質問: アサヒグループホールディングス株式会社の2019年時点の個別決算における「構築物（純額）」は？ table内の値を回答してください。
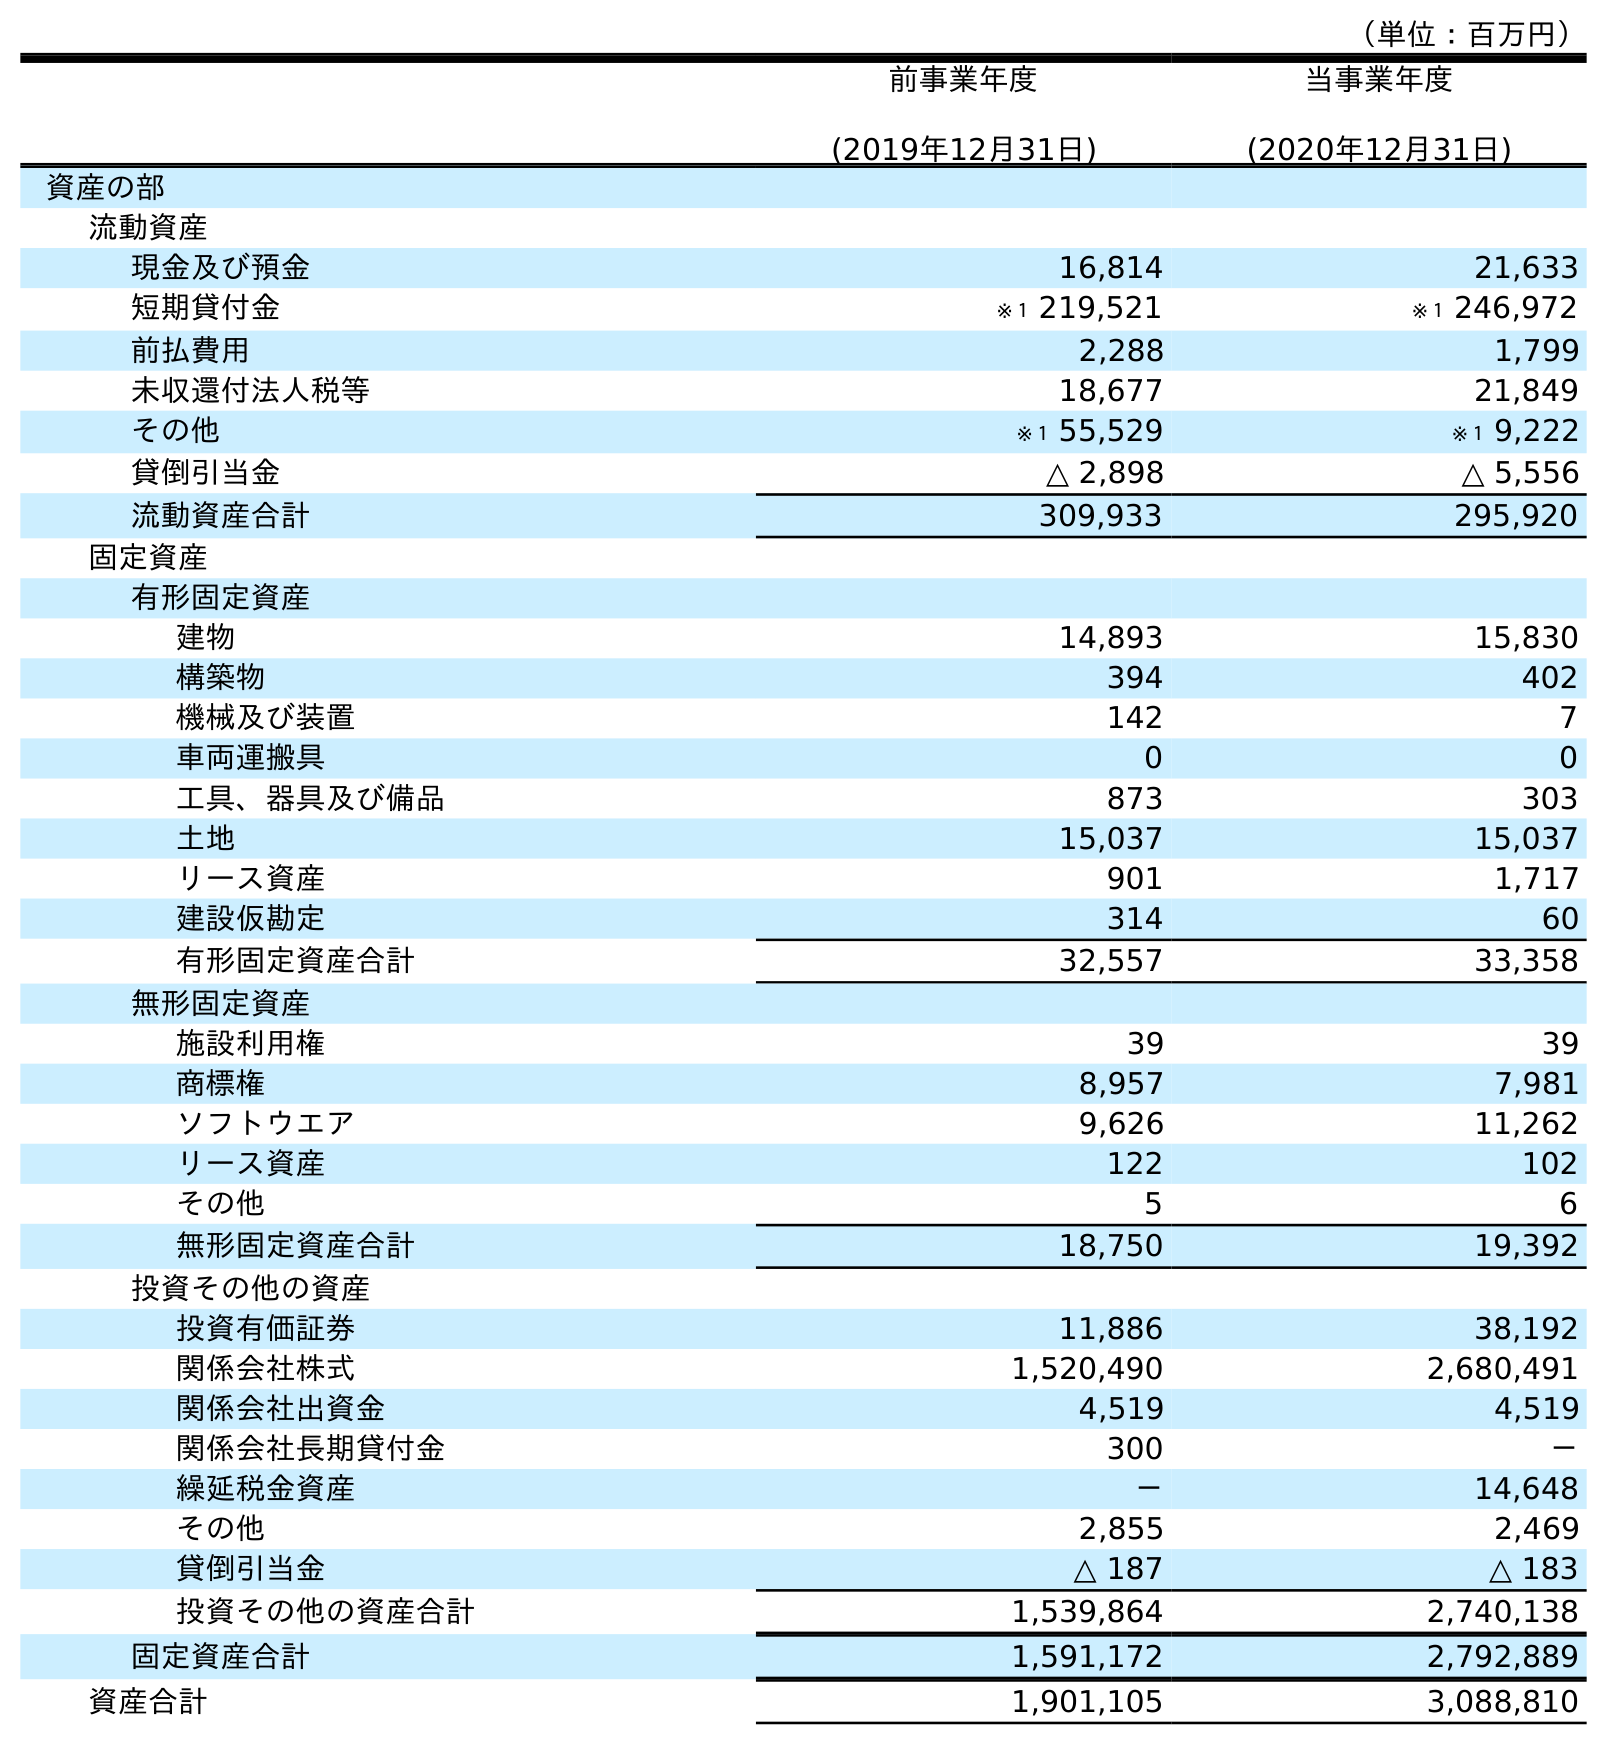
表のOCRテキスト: （単位：百万円） 前事業年度 (2019年12月31日) 当事業年度 (2020年12月31日) 資産の部 流動資産 現金及び預金 16,814 21,633 短期貸付金 ※１ 219,521 ※１ 246,972 前払費用 2,288 1,799 未収還付法人税等 18,677 21,849 その他 ※１ 55,529 ※１ 9,222 貸倒引当金 △ 2,898 △ 5,556 流動資産合計 309,933 295,920 固定資産 有形固定資産 建物 14,893 15,830 構築物 394 402 機械及び装置 142 7 車両運搬具 0 0 工具、器具及び備品 873 303 土地 15,037 15,037 リース資産 901 1,717 建設仮勘定 314 60 有形固定資産合計 32,557 33,358 無形固定資産 施設利用権 39 39 商標権 8,957 7,981 ソフトウエア 9,626 11,262 リース資産 122 102 その他 5 6 無形固定資産合計 18,750 19,392 投資その他の資産 投資有価証券 11,886 38,192 関係会社株式 1,520,490 2,680,491 関係会社出資金 4,519 4,519 関係会社長期貸付金 300 － 繰延税金資産 － 14,648 その他 2,855 2,469 貸倒引当金 △ 187 △ 183 投資その他の資産合計 1,539,864 2,740,138 固定資産合計 1,591,172 2,792,889 資産合計 1,901,105 3,088,810
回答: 394